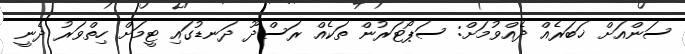
ސަންއަށް ޚަބަރެއް ދެއްވުމަށް: ސަޕޯޓަރުން ތަކެއް ރަސްދޫ ދަނޑުގައި ޓީމަށް ހިތްވަރު ދެނީ